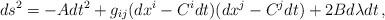
LaTeX: \begin{align*}ds^2 = -Adt^2 + g_{ij}(dx^i - C^i dt)(dx^j - C^jdt) + 2Bd\lambda dt\,,\end{align*}